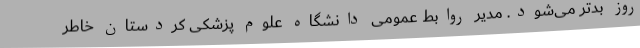
روز بدتر می‌شود. مدیر روابط عمومی دانشگاه علوم پزشکی کردستان خاطر